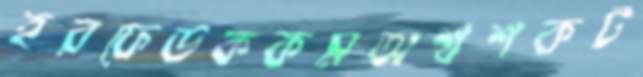
হরফেডককমঅশ্বশকট